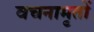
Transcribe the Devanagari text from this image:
वचनामृतों